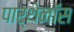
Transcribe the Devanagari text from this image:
पार्थेनॉस